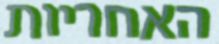
האחריות